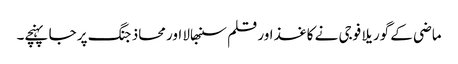
ماضی کے گوریلا فوجی نے کاغذ اور قلم سنبھالا اور محاذ جنگ پر جا پہنچے۔